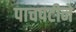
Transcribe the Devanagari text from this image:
पाचपटीने